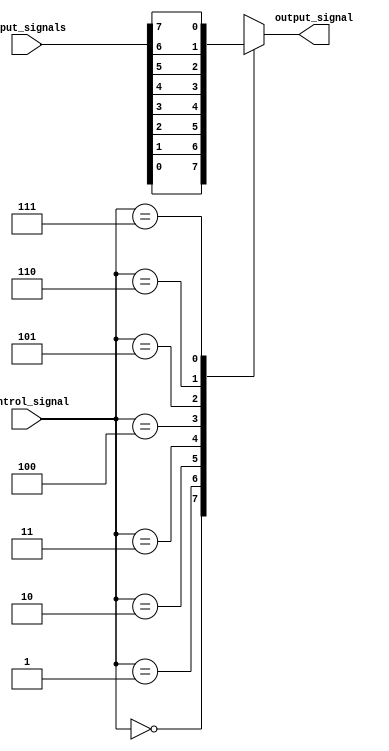
module MuxDemuxBuffer (
    input wire [7:0] input_signals,
    input wire [2:0] control_signal,
    output reg output_signal
);

reg [7:0] buffer;

always @ (input_signals, control_signal)
begin
    case(control_signal)
        3'b000: buffer = input_signals[0];
        3'b001: buffer = input_signals[1];
        3'b010: buffer = input_signals[2];
        3'b011: buffer = input_signals[3];
        3'b100: buffer = input_signals[4];
        3'b101: buffer = input_signals[5];
        3'b110: buffer = input_signals[6];
        3'b111: buffer = input_signals[7];
        default: buffer = 8'b0; // default case
    endcase
end

always @ (buffer)
begin
    output_signal = buffer; // drive output signal with buffered input signal
end

endmodule